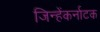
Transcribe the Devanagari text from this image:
जिन्हेंकर्नाटक